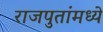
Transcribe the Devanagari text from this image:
राजपुतांमध्ये